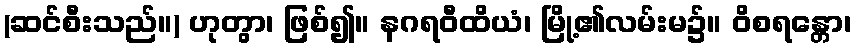
(ဆင်စီးသည်။) ဟုတွာ၊ ဖြစ်၍။ နဂရဝီထိယံ၊ မြို့၏လမ်းမ၌။ ဝိစရန္တော၊